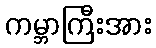
ကမ္ဘာကြီးအား